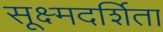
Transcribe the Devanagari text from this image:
सूक्ष्मदर्शिता